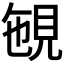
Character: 𧠡